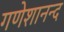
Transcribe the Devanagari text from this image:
गणेशानन्द